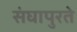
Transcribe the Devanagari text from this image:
संघापुरते